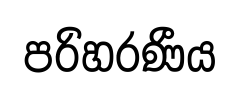
පරිහරණීය